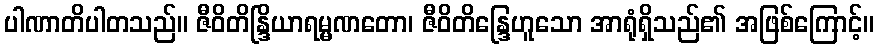
ပါဏာတိပါတသည်။ ဇီဝိတိန္ဒြိယာရမ္မဏတော၊ ဇီဝိတိန္ဒြေဟူသော အာရုံရှိသည်၏ အဖြစ်ကြောင့်။